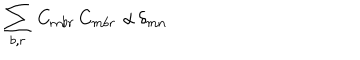
\sum _ { b , r } \, C _ { m b r } \, C _ { m b r } \, \, \alpha \, \delta _ { m n }